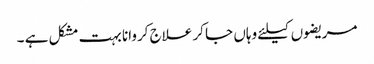
مریضوں کیلئے وہاں جا کر علاج کروانا بہت مشکل ہے ۔